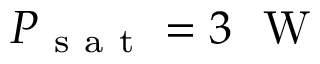
P _ { \mathrm { ~ s ~ a ~ t ~ } } = 3 ~ \mathrm { ~ W ~ }